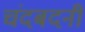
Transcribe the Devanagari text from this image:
चंदबदनी